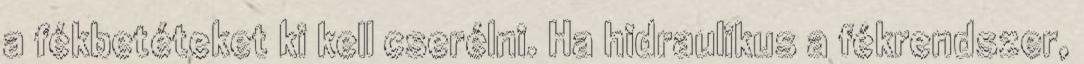
a fékbetéteket ki kell cserélni. Ha hidraulikus a fékrendszer,